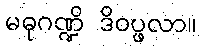
မဓုဂဏ္ဍိ ဒိဝပ္ဖလာ။